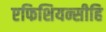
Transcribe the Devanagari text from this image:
एफिशियन्सीहि